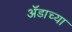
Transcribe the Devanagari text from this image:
ॲडाच्या